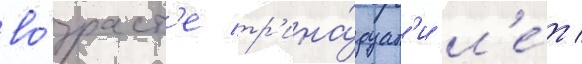
во́зраст'е тр'ина́дцат'и л'е́т /